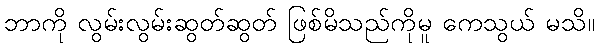
ဘာကို လွမ်းလွမ်းဆွတ်ဆွတ် ဖြစ်မိသည်ကိုမူ ကေသွယ် မသိ။